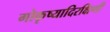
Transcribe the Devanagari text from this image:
गोकृष्यादिरक्षिणी